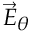
\scriptstyle { { \vec { E } } _ { \theta } }